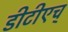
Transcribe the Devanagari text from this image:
डीटीएच्‌